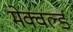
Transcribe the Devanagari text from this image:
मेक्वर्ल्ड